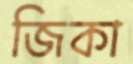
জিকা